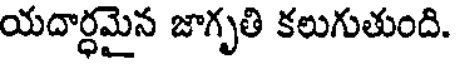
యదార్ధమైన జాగృతి కలుగుతుంది.